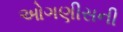
ઓગણીસની